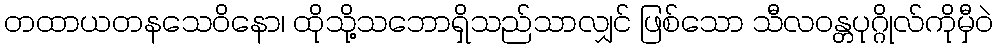
တထာယတနသေဝိနော၊ ထိုသို့သဘောရှိသည်သာလျှင် ဖြစ်သော သီလဝန္တပုဂ္ဂိုလ်ကိုမှီဝဲ